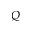
Q